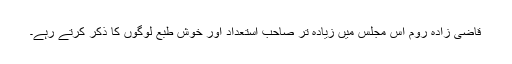
قاضی زادہ روم اِس مجلس میں زیادہ تر صاحبِ اِستعداد اور خوش طبع لوگوں کا ذکر کرتے رہے۔